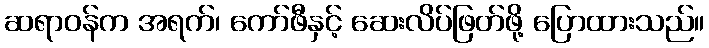
ဆရာဝန်က အရက်၊ ကော်ဖီနှင့် ဆေးလိပ်ဖြတ်ဖို့ ပြောထားသည်။